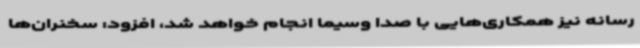
رسانه نیز همکاری‌هایی با صدا وسیما انجام خواهد شد، افزود: سخنران‌ها